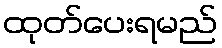
ထုတ်ပေးရမည်